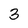
Character: 3